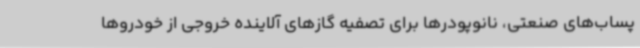
پساب‌های صنعتی، نانوپودرها برای تصفیه گازهای آلاینده خروجی از خودروها